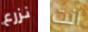
نزرع انت